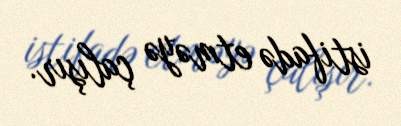
istifadə etməyə çalışır.